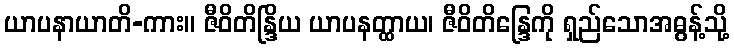
ယာပနာယာတိ-ကား။ ဇီဝိတိန္ဒြိယ ယာပနတ္ထာယ၊ ဇီဝိတိန္ဒြေကို ရှည်သောအဓွန့်သို့